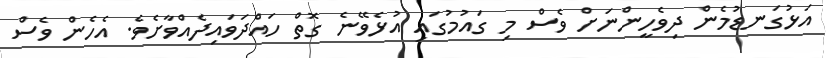
އަޅުގަނޑުމެން ދިވެހީންނަށް ވެސް މި ގައުމުގައި އުޅެވޭނެ ގޮތް ހައްދަވައިދެއްވާށެވެ. އެހެން ވެސް